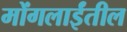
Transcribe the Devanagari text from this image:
मोंगलाईंतील